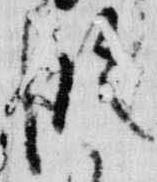
臨